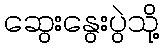
ဆွေးနွေးပွဲသို့